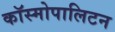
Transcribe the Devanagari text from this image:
कॉस्मोपालिटन